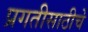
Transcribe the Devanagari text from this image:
प्रगतीसाठीचे